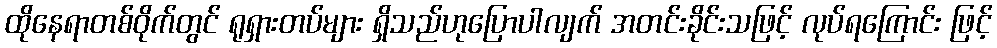
ထိုနေရာတစ်ဝိုက်တွင် ရုရှားတပ်များ ရှိသည်ဟုပြောပါလျက် အတင်းခိုင်းသဖြင့် လုပ်ရကြောင်း ဖြင့်